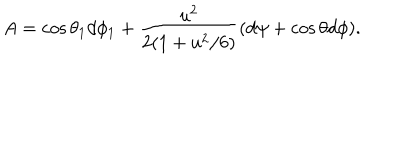
LaTeX: A = \cos { \theta _ { 1 } } d \phi _ { 1 } + { \frac { u ^ { 2 } } { 2 ( 1 + u ^ { 2 } / 6 ) } } ( d \psi + \cos \theta d \phi ) .